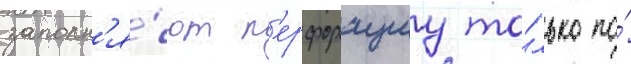
заполн'я́ют п'ерфорациу то́лько по́